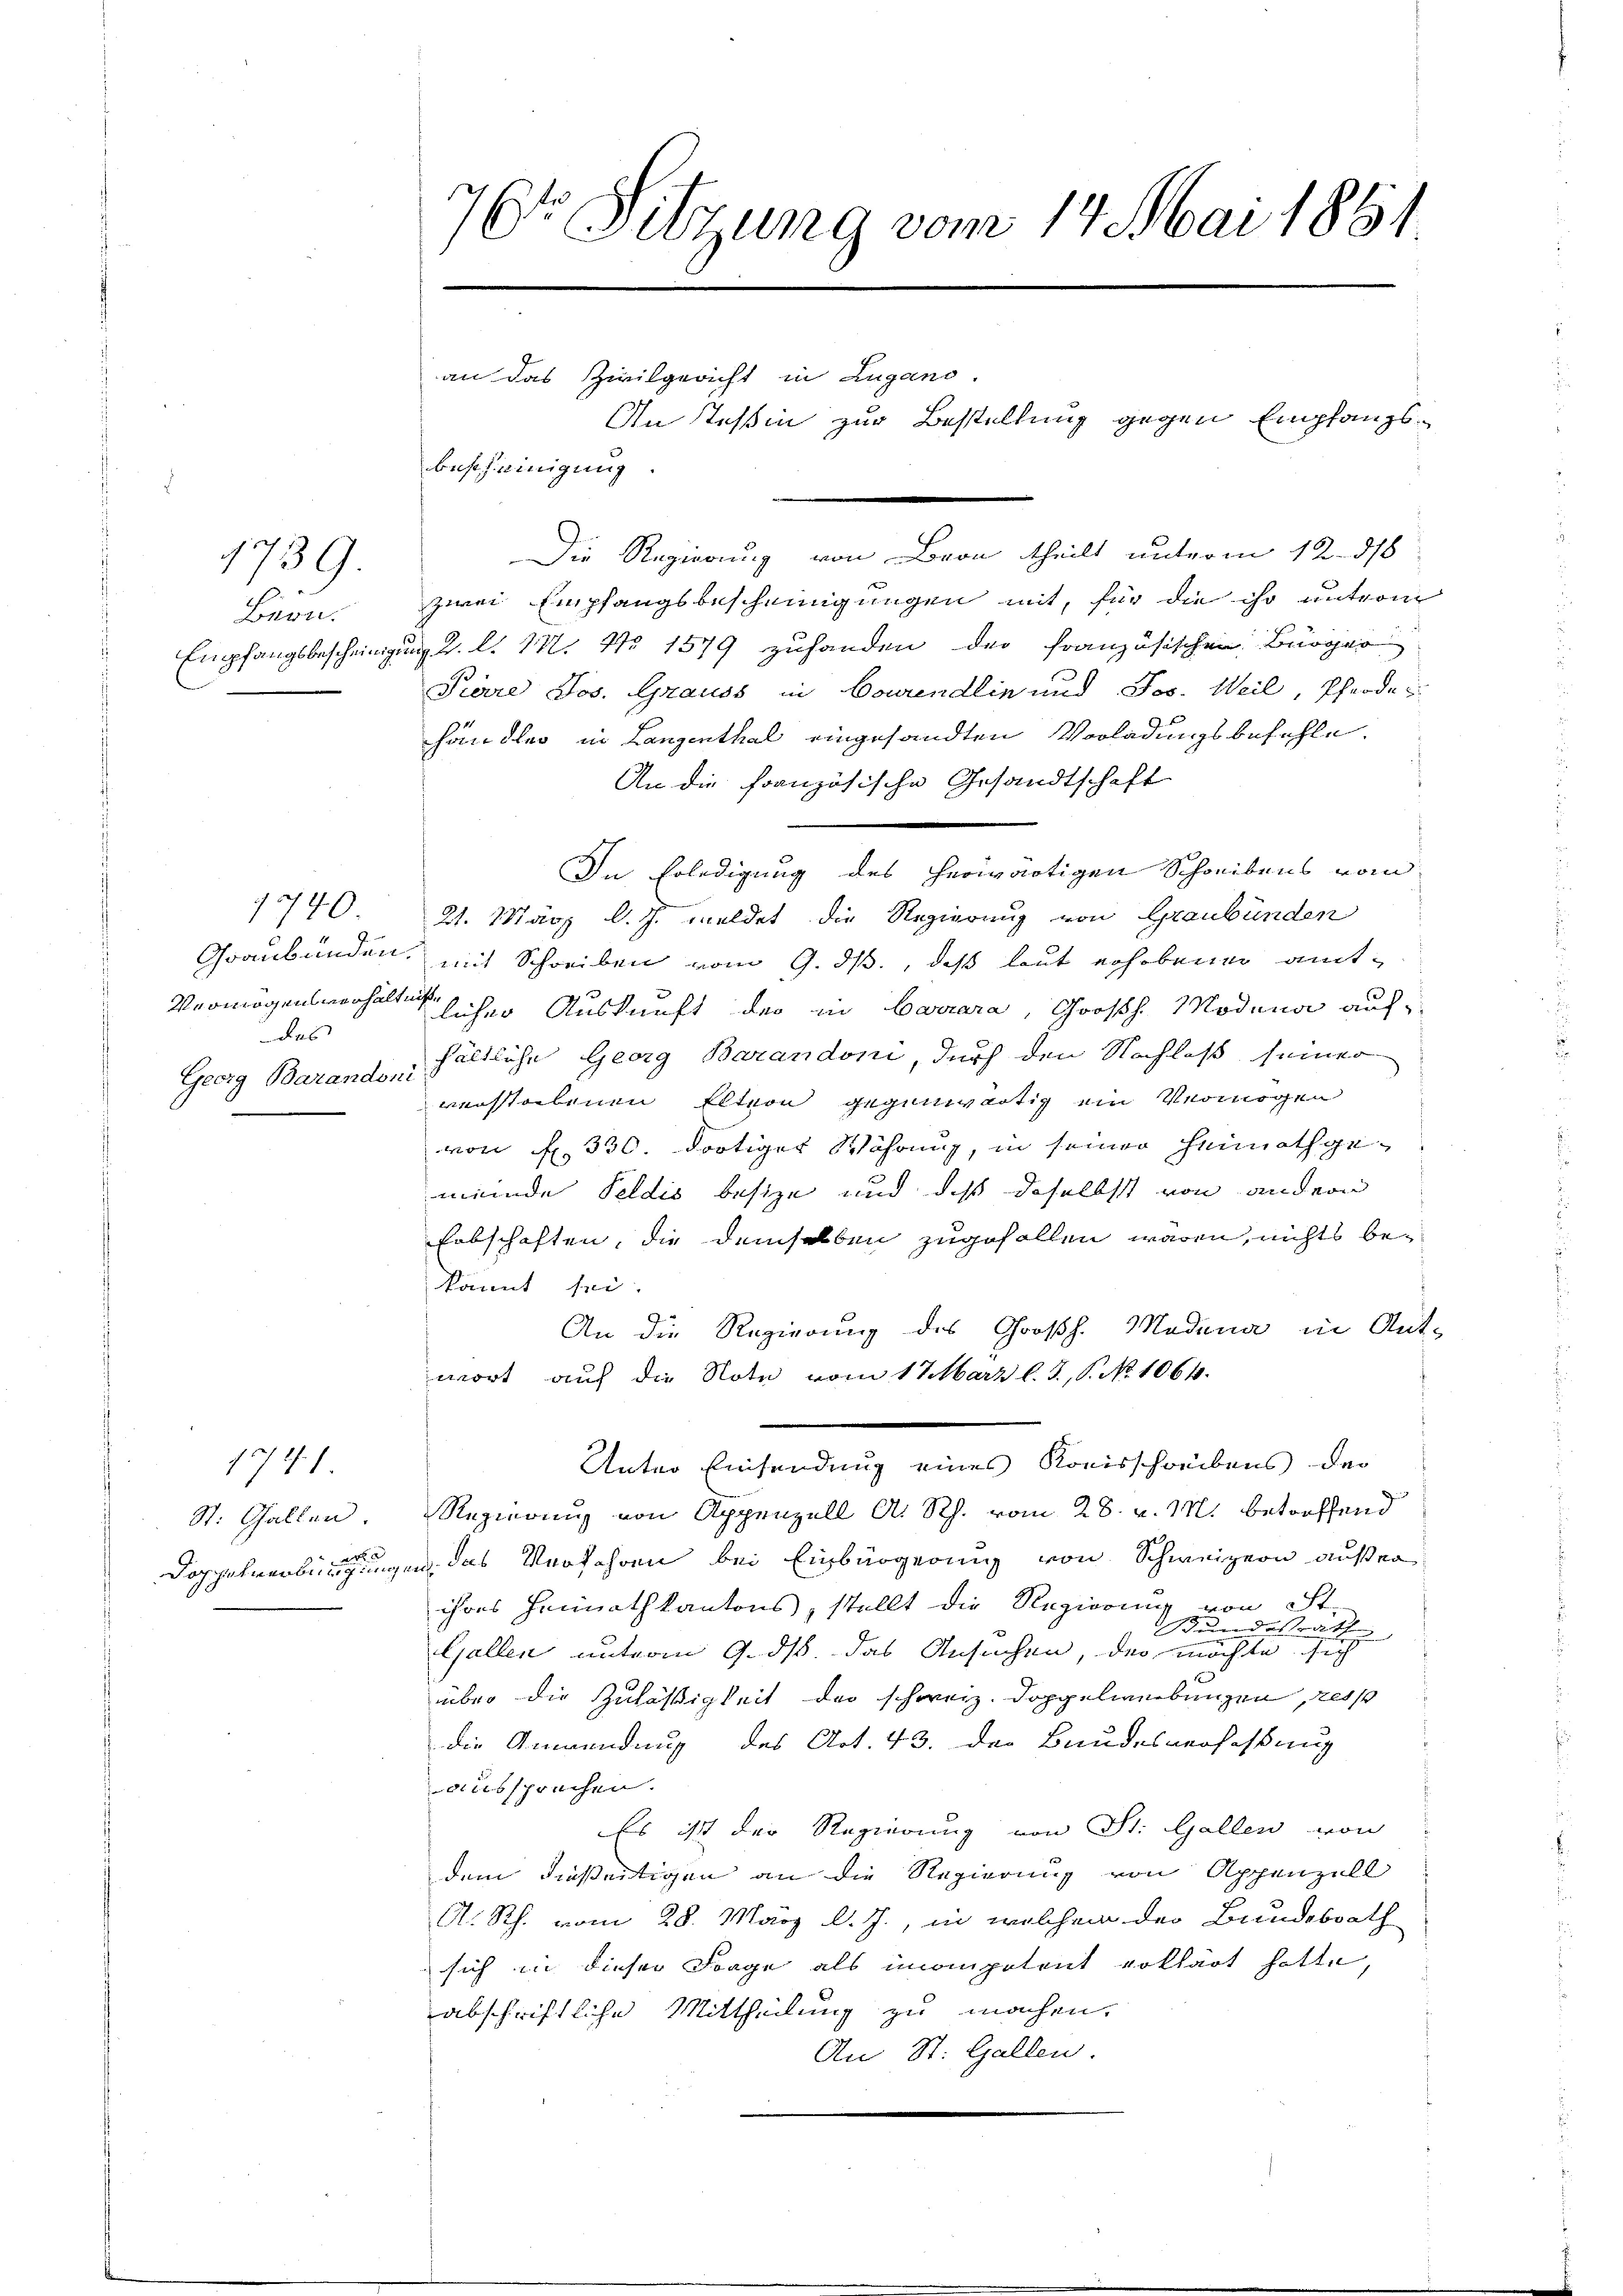
Bern.

1739.

das
Georg Barandoni
2

1780

St. Gallen

1941

7t Sitzung vom 14. Mai 1861.

an das Zivilgericht in Zugano.
An Teßin zur Bestellung gegen Empfangs¬

bescheinigung.
Die Regierung von Bron theilt unterm 12. ds
zwei Empfangsbescheinigungen mit, für die ihr unterm
Empfangsbescheinigung 2. l. 14. No 1579 zuhanden der französischen Burger
Piare Jos. Grauss in Courendlin und Jos. Weil, Pferde
handler in Langenthal eingesandten Vorladungsbefehle.
An die Französische Gesandtschaft
In Erledigung des herwärtigen Schreibens vom
21. März l. J. meldet die Regierung von Graubünden
Graubünden, mit Schreiben vom 9. ds., daß laut erhobenen amt¬
Vermögensverhalten sicher Auskunft der in Carrara, Großh. Modena aufhältliche Georg Barandoni, durch den Nachlaß seiner
verstorbenen Eltern gegenwärtig ein Vermögen
von N. 330. dortiger Währung, in seiner Heimath gemeinde Feldis besize und daß daselbst von andern
Erbschaften, die demselben zugefallen wären, nichts bekannt sei.
An die Regierung des Großh. Modena in Ant-
wort auf die Note vom 17. März l. J., P. No 1064.
Unter Einsendung eines Komisschaubens der
Regierung von Appenzell A. Rh. vom 28. v. M. betreffend
Doppelverbürgungen, das Verfahren bei Einbürgerung von Schweizern außer
ihres Hennathkantons, stellt die Regierung von St.
undesrath
Gallen unterm 9. ds. das Ansuchen, der möchte sich
über die Zuläßigkeit der schweiz. Doppelwerbungen, resp
die Anwendung des Art. 43. Der Bandesverfassung
aussprechen.
Es ist der Regierung von St. Gallen von
dem dießseitigen an die Regierung von Appenzell
A. Rh. vom 28. März d. J., in welchem der Bundesrath
sich in dieser Frage als immompetent erklärt hatte,
abschriftliche Mittheilung zu machen.
An St. Gallen.